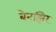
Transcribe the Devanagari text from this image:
बेनझिर